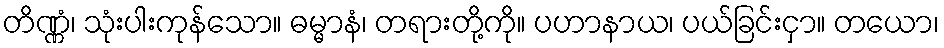
တိဏ္ဏံ၊ သုံးပါးကုန်သော။ ဓမ္မာနံ၊ တရားတို့ကို။ ပဟာနာယ၊ ပယ်ခြင်းငှာ။ တယော၊